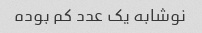
نوشابه یک عدد کم بوده